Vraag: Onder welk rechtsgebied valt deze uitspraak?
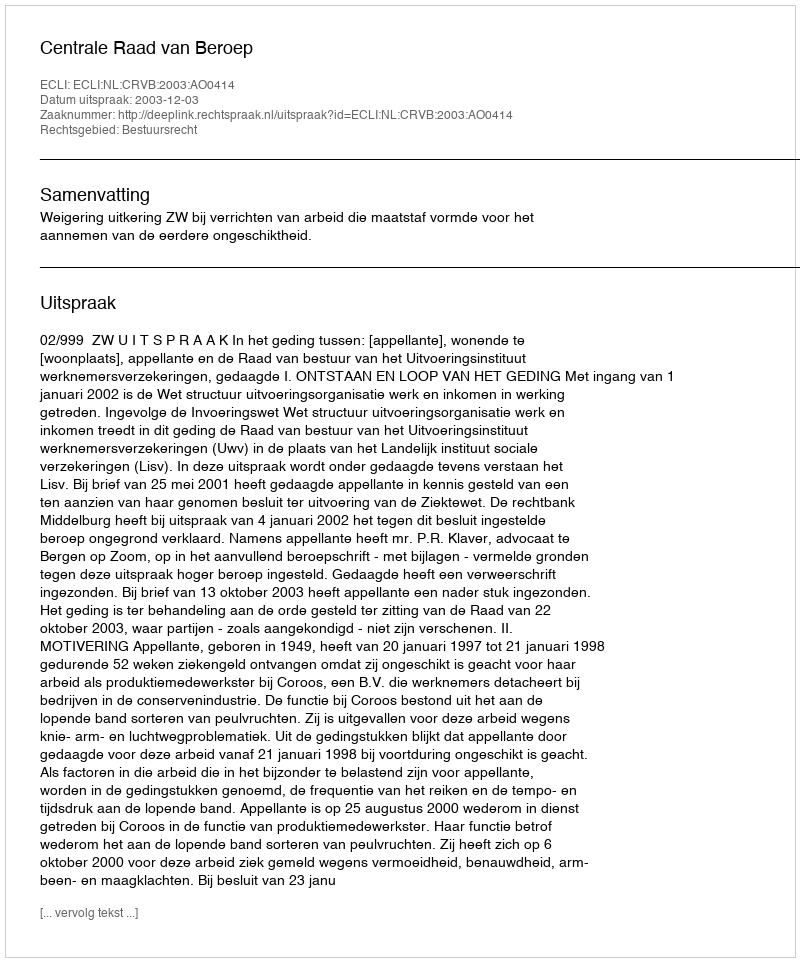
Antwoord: Bestuursrecht